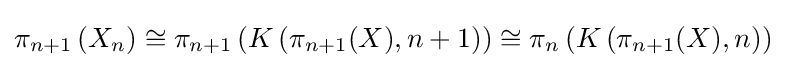
\pi _{n+1}\left(X_{n}\right)\cong \pi _{n+1}\left(K\left(\pi _{n+1}(X),n+1\right)\right)\cong \pi _{n}\left(K\left(\pi _{n+1}(X),n\right)\right)